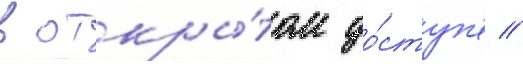
в откры́том до́ступ'е //